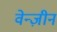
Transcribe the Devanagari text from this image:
वेन्ज़ीन